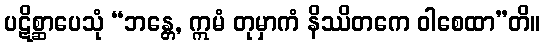
ပဋိစ္ဆာပေသုံ “ဘန္တေ, ဣမံ တုမှာကံ နိဿိတကေ ဝါစေထာ”တိ။